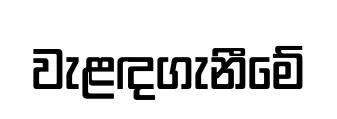
වැළඳගැනීමේ